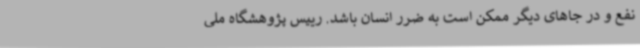
نفع و در جاهای دیگر ممکن است به ضرر انسان باشد. رییس پژوهشگاه ملی